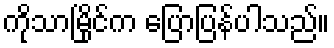
ကိုသာမြိုင်က ပြောပြန်ပါသည်။